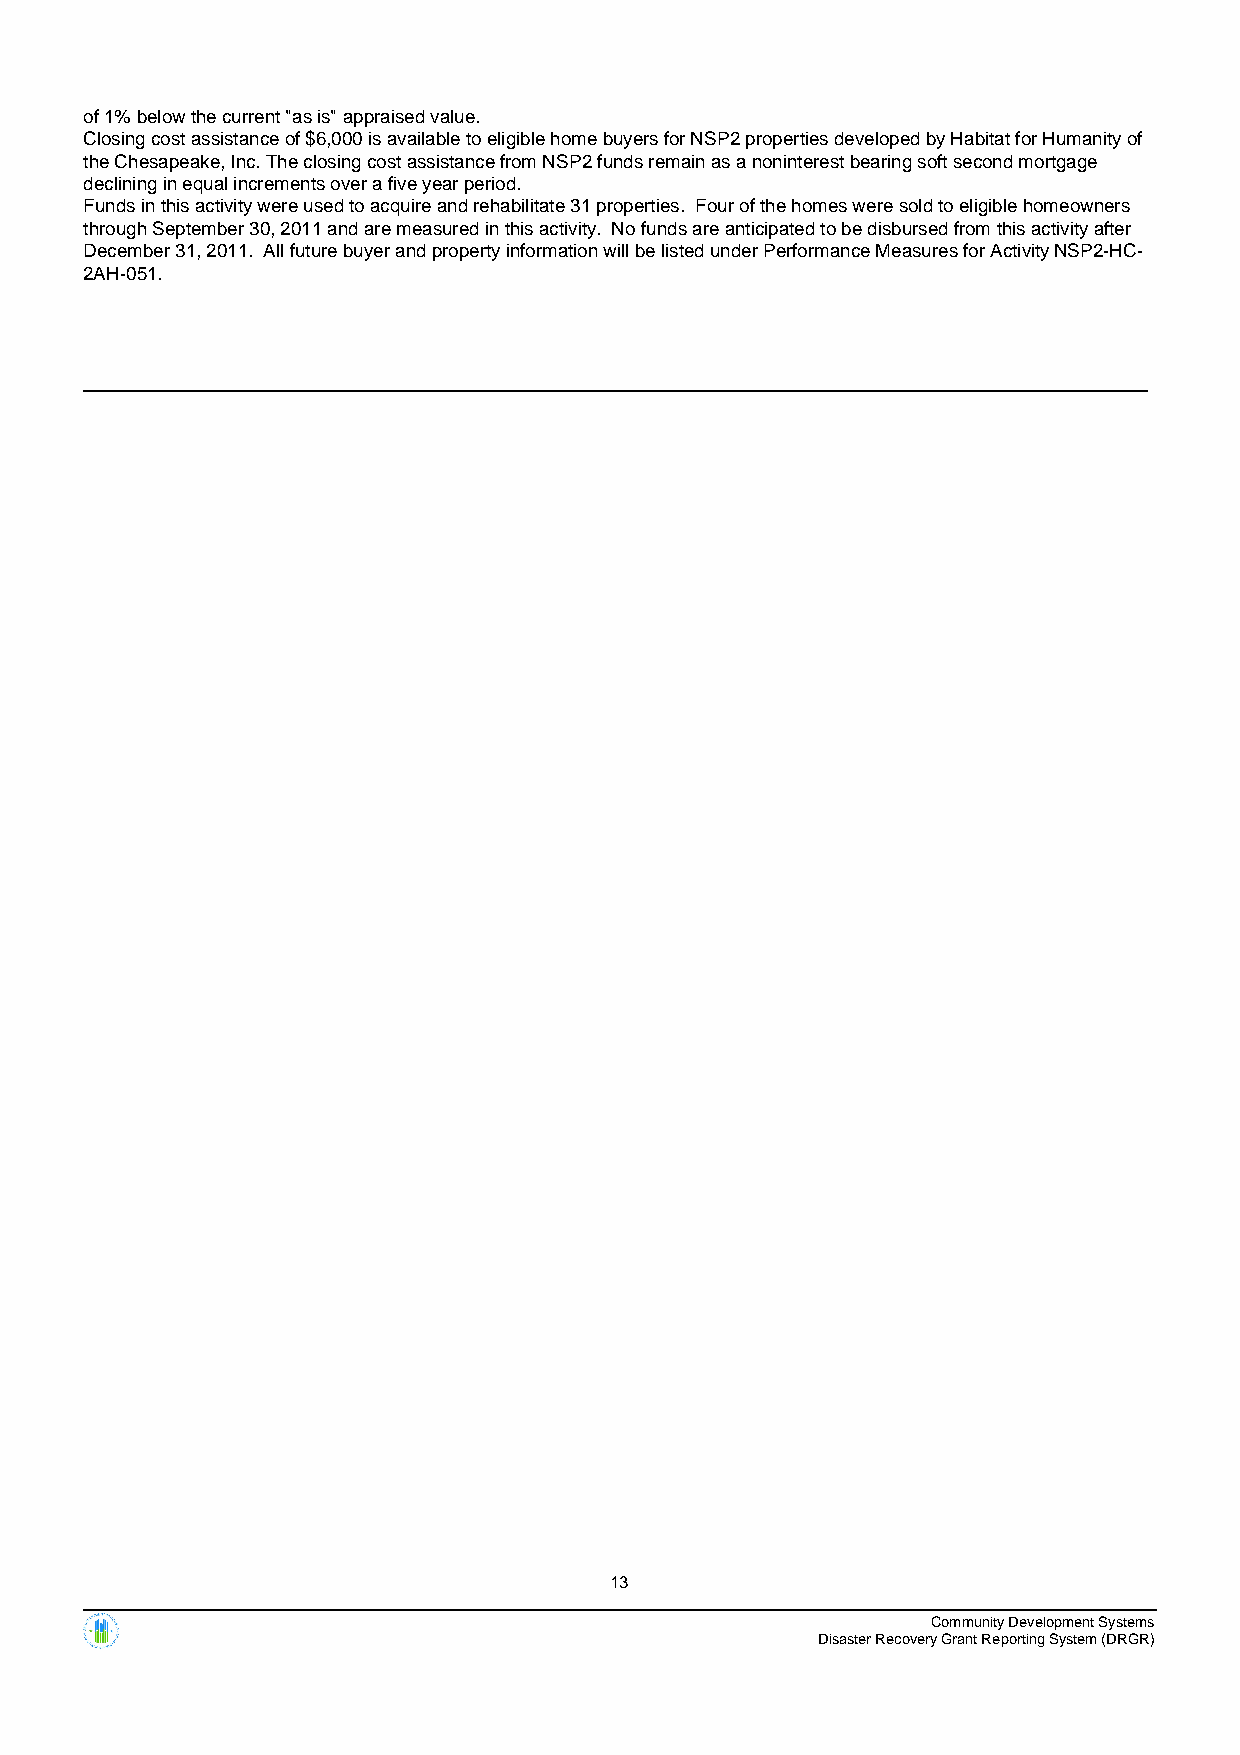
of 1% below the current "as is" appraised value.
 Closing cost assistance of $6,000 is available to eligible home buyers for NSP2 properties developed by Habitat for Humanity of
 the Chesapeake, Inc. The closing cost assistance from NSP2 funds remain as a noninterest bearing soft second mortgage
 declining in equal increments over a five year period.
 Funds in this activity were used to acquire and rehabilitate 31 properties. Four of the homes were sold to eligible homeowners
 through September 30, 2011 and are measured in this activity. No funds are anticipated to be disbursed from this activity after
 December 31, 2011. All future buyer and property information will be listed under Performance Measures for Activity NSP2-HC-
 2AH-051.
 13
 Community Development Systems
 Disaster Recovery Grant Reporting System (DRGR)